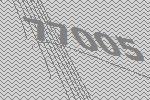
77005